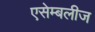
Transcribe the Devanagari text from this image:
एसेम्बलीज